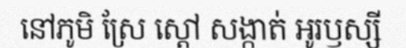
នៅភូមិ ស្រែ ស្តៅ សង្កាត់ អូរឫស្សី